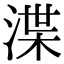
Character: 渫